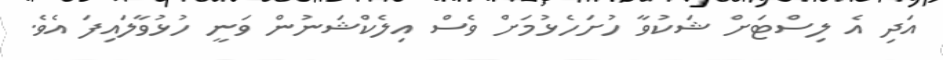
އަދި އެ ލިސްޓަށް ޝަކުވާ ހުށަހެޅުމަށް ވެސް އިލެކްޝަނުން ވަނީ ހުޅުވާލައިފަ އެވެ.